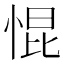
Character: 惃